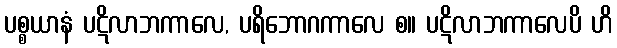
ပစ္စယာနံ ပဋိလာဘကာလေ, ပရိဘောဂကာလေ စ။ ပဋိလာဘကာလေပိ ဟိ